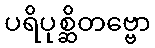
ပရိပုစ္ဆိတဗ္ဗော